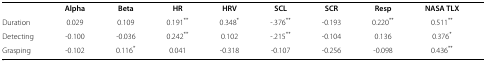
<table><thead><tr><td><b> </b></td><td><b>Alpha</b></td><td><b>Beta</b></td><td><b>HR</b></td><td><b>HRV</b></td><td><b>SCL</b></td><td><b>SCR</b></td><td><b>Resp</b></td><td><b>NASA TLX</b></td><td><b> </b></td></tr></thead><tbody><tr><td>Duration</td><td>0.029</td><td>0.109</td><td>0.191<sup>**</sup></td><td>0.348<sup>*</sup></td><td>-.376<sup>**</sup></td><td>-0.193</td><td>0.220<sup>**</sup></td><td>0.511<sup>**</sup></td><td> </td></tr><tr><td>Detecting</td><td>-0.100</td><td>-0.036</td><td>0.242<sup>**</sup></td><td>0.102</td><td>-.215<sup>**</sup></td><td>- 0.104</td><td>0.136</td><td>0.376<sup>*</sup></td><td> </td></tr><tr><td>Grasping</td><td>- 0.102</td><td>0.116<sup>*</sup></td><td>0.041</td><td>-0.318</td><td>-0.107</td><td>-0.256</td><td>-0.098</td><td>0.436<sup>**</sup></td><td> </td></tr></tbody></table>